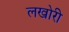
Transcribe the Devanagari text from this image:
लखोरी